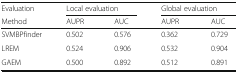
<table><thead><tr><td><b>Evaluation</b></td><td colspan="2"><b>Local evaluation</b></td><td colspan="2"><b>Global evaluation</b></td></tr><tr><td><b>Method</b></td><td><b>AUPR</b></td><td><b>AUC</b></td><td><b>AUPR</b></td><td><b>AUC</b></td></tr></thead><tbody><tr><td>SVMBPfinder</td><td>0.502</td><td>0.576</td><td>0.362</td><td>0.729</td></tr><tr><td>LREM</td><td>0.524</td><td>0.906</td><td>0.532</td><td>0.904</td></tr><tr><td>GAEM</td><td>0.500</td><td>0.892</td><td>0.512</td><td>0.891</td></tr></tbody></table>